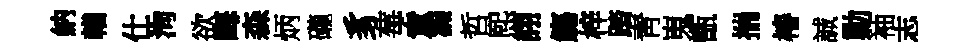
納輶仕洵欲晦森炳礲豸莓童漏哲熙詡觴梓踏靑嵬甑揣椿誠勦袖志